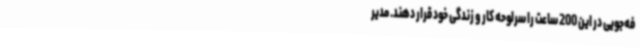
فه‌جویی در این 200 ساعت را سرلوحه کار و زندگی خود قرار دهند. مدیر